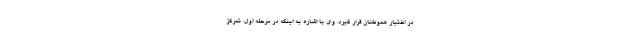
در اختیار هموطنان قرار گیرد. وی با اشاره به اینکه در مرحله اول، تمرکز